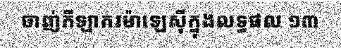
ចាញ់កីឡាករម៉ាឡេស៊ីក្នុងលទ្ធផល ១៣